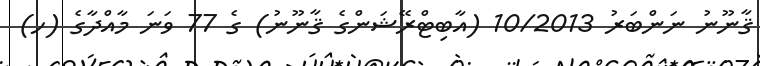
ޤާނޫނު ނަންބަރު 10/2013 (އާބިޓްރޭޝަންގެ ޤާނޫނު) ގެ 77 ވަނަ މާއްދާގެ (ހ)